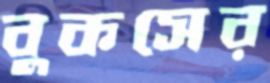
বুকসের